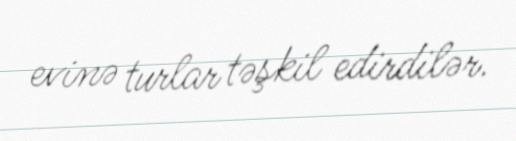
evinə turlar təşkil edirdilər.